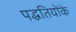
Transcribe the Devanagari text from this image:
पद्धतियोंके